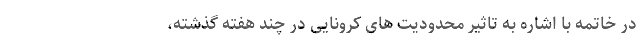
در خاتمه با اشاره به تاثیر محدودیت های کرونایی در چند هفته گذشته،